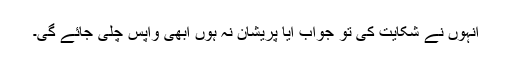
انہوں نے شکایت کی تو جواب آیا پریشان نہ ہوں ابھی واپس چلی جائے گی۔